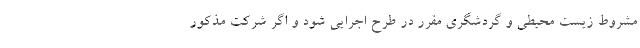
مشروط زیست محیطی و گردشگری مقرر در طرح اجرایی شود و اگر شرکت مذکور